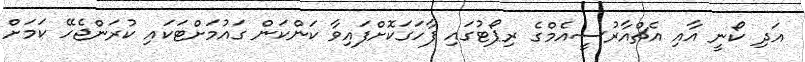
އަދި ކޯނީ އާއި އެޗްއާރުސީއެމްގެ ރިޕޯޓުގައި ފާހަގަކޮށްފައިވާ ކަންކަން ގައުމަށްޓަކައި ކުރަންޖެހޭ ކަމަށް